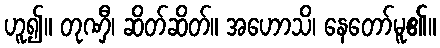
ဟူ၍။ တုဏှီ၊ ဆိတ်ဆိတ်။ အဟောသိ၊ နေတော်မူ၏။